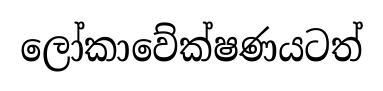
ලෝකාවේක්ෂණයටත්